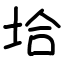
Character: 垥